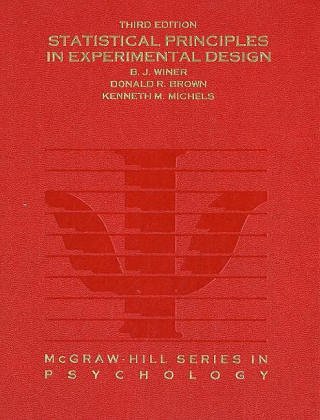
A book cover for Statistical Principles In Experimental Design; Benjamin J Winer; Medical Books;